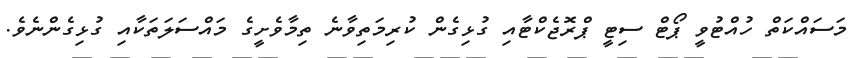
މަސައްކަތް ހުއްޓުވީ ޕޯޓް ސިޓީ ޕްރޮޖެކްޓާއި ގުޅިގެން ކުރިމަތިވާނެ ތިމާވެށީގެ މައްސަލަތަކާއި ގުޅިގެންނެވެ.